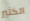
الكثير